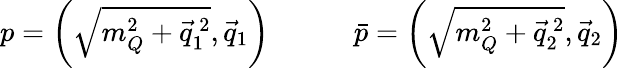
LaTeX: p=\left(\sqrt{m_{Q}^{2}+\vec{q}_{1}^{\, 2}},\vec{q}_{1}\right)\qquad\quad\bar{p}=\left(\sqrt{m_{Q}^{2}+\vec{q}_{2}^{\, 2}},\vec{q}_{2}\right)